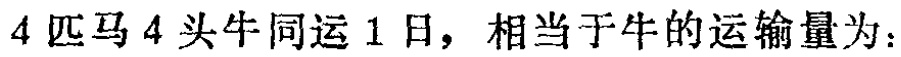
$4匹马4头牛同运1日，相当于牛的运输量为：$